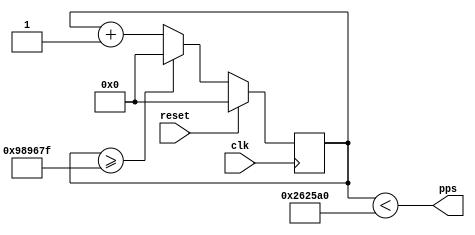
//
// Copyright 2015 Ettus Research LLC
// Copyright 2018 Ettus Research, a National Instruments Company
//
// SPDX-License-Identifier: LGPL-3.0-or-later
//

module pps_generator #(
   parameter CLK_FREQ   = 32'd10_000_000, //Min:10kHz, Max:4GHz
   parameter DUTY_CYCLE = 25
) (
   input  clk,
   input  reset,
   output pps
);
    reg [31:0] count;

    always @(posedge clk) begin
        if (reset) begin
            count <= 32'd0;
        end else if (count >= CLK_FREQ - 1) begin
            count <= 32'd0;
        end else begin
            count <= count + 32'd1;
        end
    end

    assign pps = (count < ((CLK_FREQ / 100) * DUTY_CYCLE));
endmodule //pps_generator